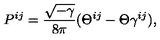
P ^ { i j } = \frac { \sqrt { - \gamma } } { 8 \pi } ( \Theta ^ { i j } - \Theta \gamma ^ { i j } ) ,